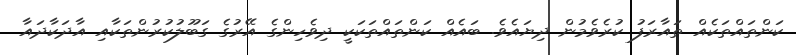
ކަންތައްތަކެއް ތައާރަފު ކުރެވެމުން ދިޔައެވެ. ބައެއް ކަންތައްތަކަކީ ދިވެހިންގެ އޭރުގެ ގަބޫލުކުރުންތަކާއި އާދަކާދައާ